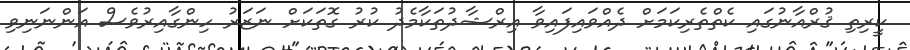
ކީރިތި ޤުރްއާނުގައި ކެތްތެރިކަމަށް ދެއްވައިފައިވާ އިރްޝާދުތަކާމެދު ކުރު ގޮތަކަށް ނަޒަރު ހިންގާއިރުވެސް އަންނަނިވި